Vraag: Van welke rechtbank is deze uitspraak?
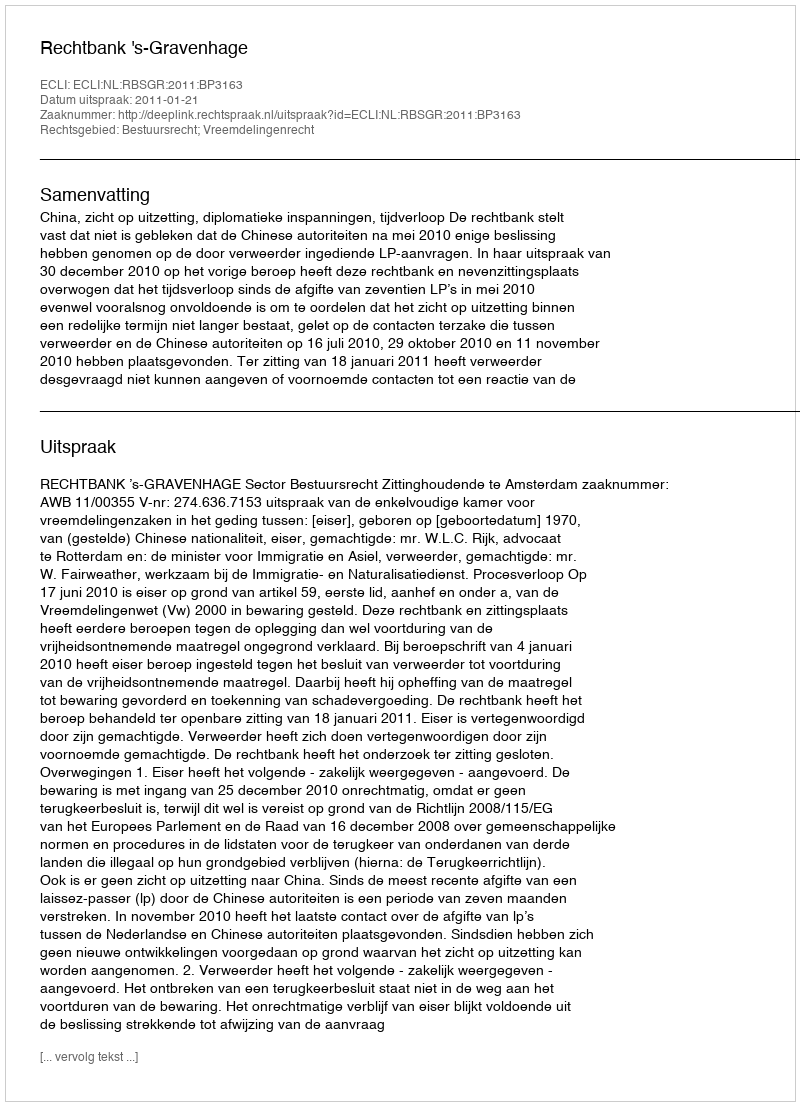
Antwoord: Rechtbank 's-Gravenhage